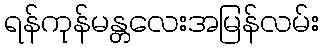
ရန်ကုန်မန္တလေးအမြန်လမ်း